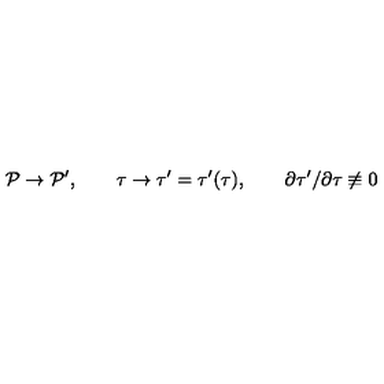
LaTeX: { \cal P } \rightarrow { \cal P } ^ { \prime } , \qquad \tau \rightarrow \tau ^ { \prime } = \tau ^ { \prime } ( \tau ) , \qquad \partial \tau ^ { \prime } / \partial \tau \not \equiv 0